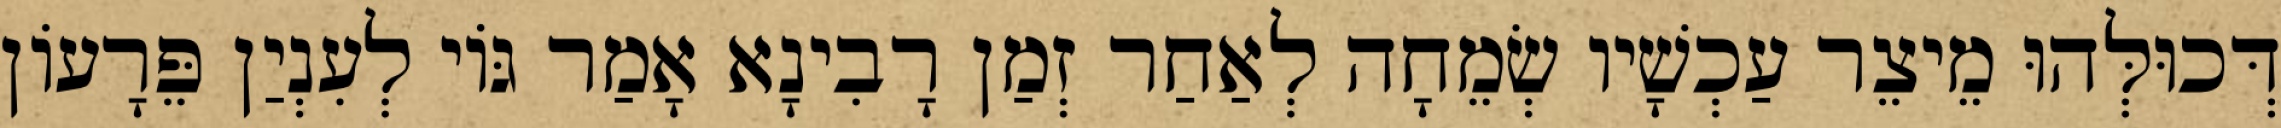
דְּכוּלְּהוּ מֵיצֵר עַכְשָׁיו שְׂמֵחָה לְאַחַר זְמַן רָבִינָא אָמַר גּוֹי לְעִנְיַן פֵּרָעוֹן